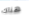
هناك